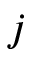
j